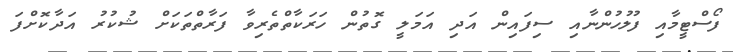
ފޯސްޓީމާއި ފުލުހުންނާއި ސިފައިން އަދި އަމަލީ ގޮތުން ހަރަކާތްތެރިވާ ފަރާތްތަކަށް ޝުކުރު އަދާކޮށްފަ